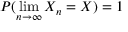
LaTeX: P ( \operatorname* { l i m } _ { n \rightarrow \infty } X _ { n } = X ) = 1